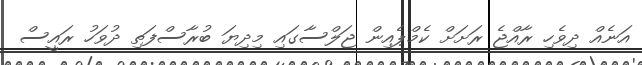
އަނެއް ދިވެހި ރާއްޖެ ރަށަށް ކެމްޕެއިން ޖަލްސާގައި މިދިޔަ ބުރާސްފަތި ދުވަހު ރައީސް